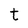
Character: t